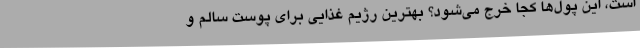
است، این پول‌ها کجا خرج می‌شود؟ بهترین رژیم غذایی برای پوست سالم و